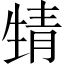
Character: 𩇛